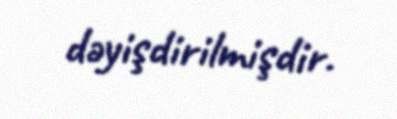
dəyişdirilmişdir.